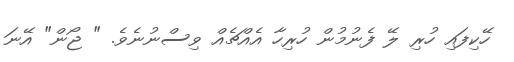
ހޭކިފައި ހުރި ލޭ ފެނުމުން ހުރިހާ އެއްޗެއް ވިސްނުނެވެ. " ޖޯން" އޭނަ